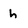
Character: h